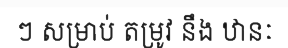
ៗ សម្រាប់ តម្រូវ នឹង ឋានៈ